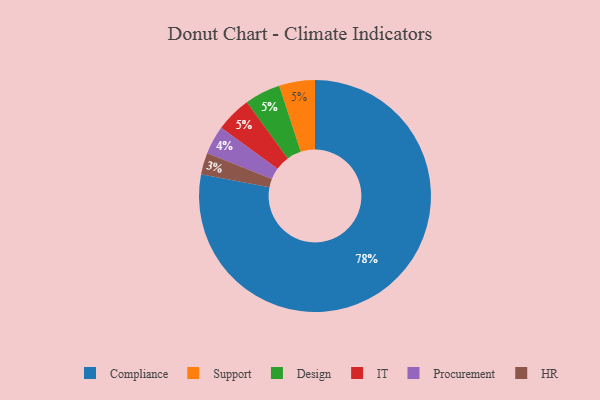
{"axis": {"x": "Category", "y": "Percentage"}, "legend": ["Compliance", "Design", "HR", "IT", "Procurement", "Support"], "data": [{"x": "Compliance", "y": 78, "type": "Compliance"}, {"x": "Support", "y": 5, "type": "Support"}, {"x": "Design", "y": 5, "type": "Design"}, {"x": "HR", "y": 3, "type": "HR"}, {"x": "Procurement", "y": 4, "type": "Procurement"}, {"x": "IT", "y": 5, "type": "IT"}]}